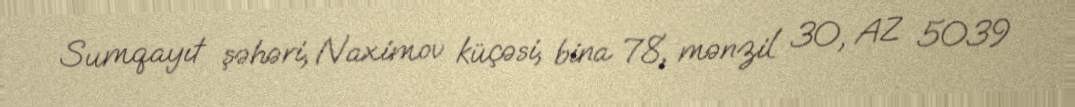
Sumqayıt şəhəri, Naximov küçəsi, bina 78, mənzil 30, AZ 5039